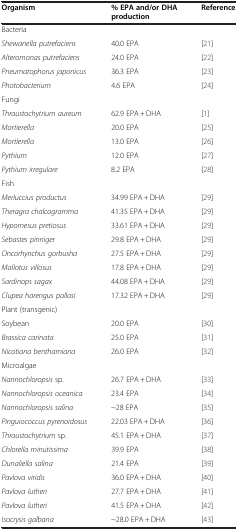
| Organism | % EPA and/or DHA production | Reference |
 | --- | --- | --- |
 | <COLSPAN=3> Bacteria |
 | Shewanella putrefaciens | 40.0 EPA | [21] |
 | Alteromonas putrefaciens | 24.0 EPA | [22] |
 | Pneumatophorus japonicus | 36.3 EPA | [23] |
 | Photobacterium | 4.6 EPA | [24] |
 | <COLSPAN=3> Fungi |
 | Thraustochytrium aureum | 62.9 EPA + DHA | [1] |
 | Mortierella | 20.0 EPA | [25] |
 | Mortierella | 13.0 EPA | [26] |
 | Pythium | 12.0 EPA | [27] |
 | Pythium irregulare | 8.2 EPA | [28] |
 | <COLSPAN=3> Fish |
 | Merluccius productus | 34.99 EPA + DHA | [29] |
 | Theragra chalcogramma | 41.35 EPA + DHA | [29] |
 | Hypomesus pretiosus | 33.61 EPA + DHA | [29] |
 | Sebastes pinniger | 29.8 EPA + DHA | [29] |
 | Oncorhynchus gorbusha | 27.5 EPA + DHA | [29] |
 | Mallotus villosus | 17.8 EPA + DHA | [29] |
 | Sardinops sagax | 44.08 EPA + DHA | [29] |
 | Clupea harenguspallasi | 17.32 EPA + DHA | [29] |
 | <COLSPAN=3> Plant (transgenic) |
 | Soybean | 20.0 EPA | [30] |
 | Brassica carinata | 25.0 EPA | [31] |
 | Nicotiana benthamiana | 26.0 EPA | [32] |
 | <COLSPAN=3> Microalgae |
 | Nannochloropsis sp. | 26.7 EPA + DHA | [33] |
 | Nannochloropsis oceanica | 23.4 EPA | [34] |
 | Nannochloropsis salina | ~28 EPA | [35] |
 | Pinguiococcus pyrenoidosus | 22.03 EPA + DHA | [36] |
 | Thraustochytrium sp. | 45.1 EPA + DHA | [37] |
 | Chlorella minutissima | 39.9 EPA | [38] |
 | Dunaliella salina | 21.4 EPA | [39] |
 | Pavlova viridis | 36.0 EPA + DHA | [40] |
 | Pavlova lutheri | 27.7 EPA + DHA | [41] |
 | Pavlova lutheri | 41.5 EPA + DHA | [42] |
 | Isocrysis galbana | ~28.0 EPA + DHA | [43] |